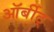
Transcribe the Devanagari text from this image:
ऑर्बीट्